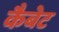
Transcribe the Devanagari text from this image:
कैबेट